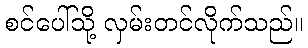
စင်ပေါ်သို့ လှမ်းတင်လိုက်သည်။